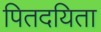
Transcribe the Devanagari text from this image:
पितदयिता